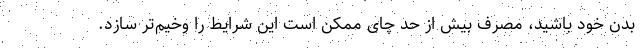
بدن خود باشید، مصرف بیش از حد چای ممکن است این شرایط را وخیم‌تر سازد.